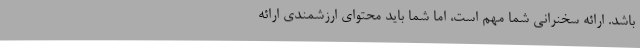
باشد. ارائه سخنرانی شما مهم است، اما شما باید محتوای ارزشمندی ارائه